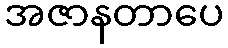
အဇာနတာပေ